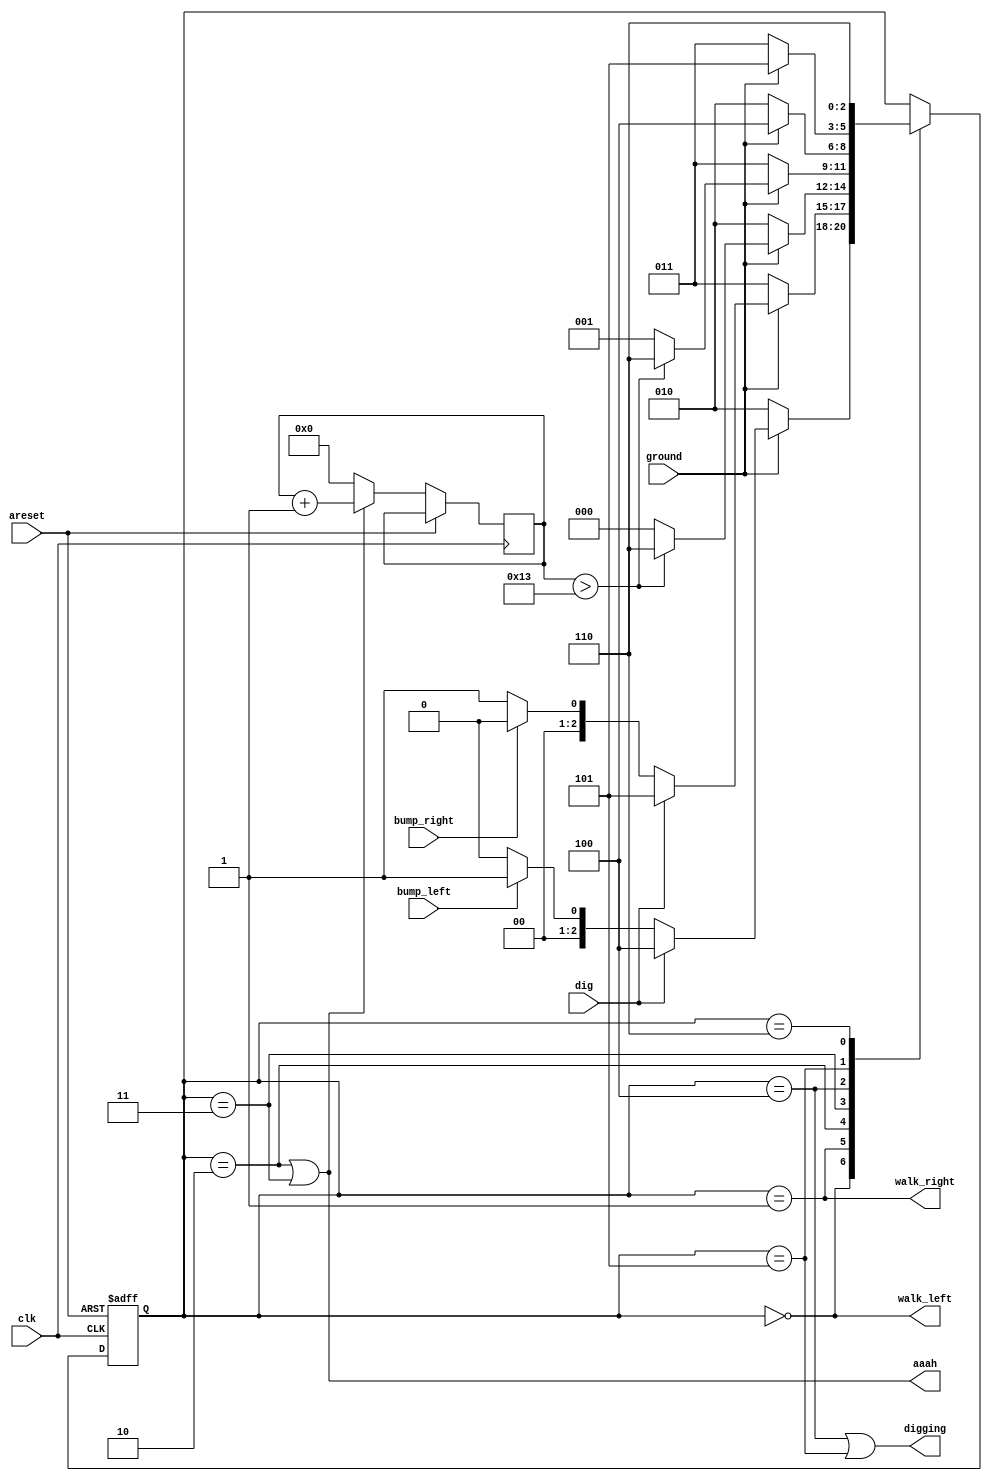
module top_module(
    input clk,
    input areset,    // Freshly brainwashed Lemmings walk left.
    input bump_left,
    input bump_right,
    input ground,
    input dig,
    output walk_left,
    output walk_right,
    output aaah,
    output digging ); 

    parameter LEFT=0, RIGHT=1, FALL_L=2, FALL_R=3, DIG_L=4, DIG_R=5, SPLAT=6;
    reg [2:0] state, next_state;
	reg buff_dig;    
    
    reg [31:0] fall_cycle;
    
    always @(*)begin
        casex(state) 
            LEFT: begin
                if(ground)
                    if(dig)
                    	next_state <= DIG_L;
                	else
                        next_state <= bump_left ? RIGHT : LEFT;
                else begin
                    next_state <= FALL_L;
                end
            end
            RIGHT: begin
                if(ground)
                    if(dig)
                    	next_state <= DIG_R;
                	else
                        next_state <= bump_right ? LEFT : RIGHT;
                else begin
                    next_state <= FALL_R;
                end
            end
            FALL_L: begin
                if(ground) begin
                    if(fall_cycle >19)
                    	next_state <= SPLAT;
                    else
                        next_state <= LEFT;
                end else begin
                    next_state <= FALL_L;
                end
            end
            FALL_R: begin
                if(ground) begin
                    if(fall_cycle >19)
                    	next_state <= SPLAT;
                    else
                        next_state <= RIGHT;
                end else begin
                    next_state <= FALL_R;
                end
            end
            DIG_L: begin
                if(ground) 
                    next_state <= DIG_L;
                else begin
                    next_state <= FALL_L;
                end
            end
            DIG_R: begin
                if(ground)
                    next_state <= DIG_R;
                else begin
                    next_state <= FALL_R;
                end
            end
            SPLAT: begin
                next_state <= SPLAT;
            end
            default:
                next_state <= state;
        endcase
    end
    
    always @(posedge clk or posedge areset) begin
        if(areset)
            state <= LEFT;
        else if(state == FALL_L || state == FALL_R) begin
            state <= next_state;
            fall_cycle <= fall_cycle + 1;
        end
        else begin
            state <= next_state;
            fall_cycle <= 0;
        end
    end
    
    
    assign walk_left = (state == LEFT);
    assign walk_right = (state == RIGHT);
	assign aaah = (state == FALL_L) || (state == FALL_R);
    assign digging = (state == DIG_L) || (state == DIG_R);
    
endmodule